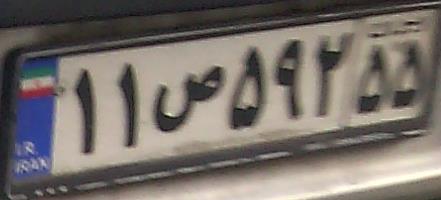
۱۱ص۵۹۲۵۵